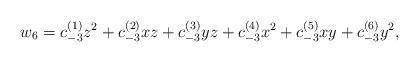
LaTeX: \begin{align*}w_6 = c_{-3}^{(1)} z^2 +c_{-3}^{(2)} xz + c_{-3}^{(3)} yz +c_{-3}^{(4)} x^2 + c_{-3}^{(5)} xy + c_{-3}^{(6)} y^2,\end{align*}